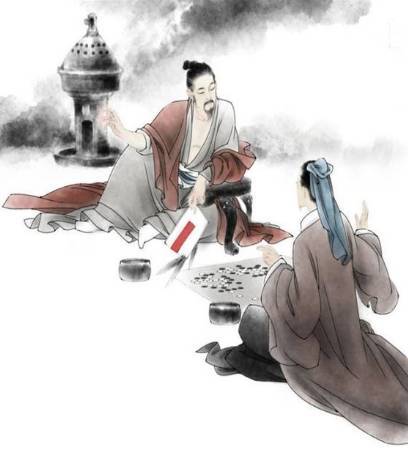
怀旧空吟闻笛赋，到乡翻似烂柯人。